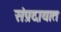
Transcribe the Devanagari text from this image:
संंप्रदायात